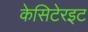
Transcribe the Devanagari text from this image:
केसिटेरइट